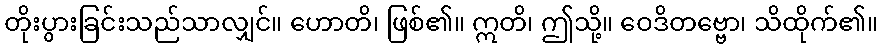
တိုးပွားခြင်းသည်သာလျှင်။ ဟောတိ၊ ဖြစ်၏။ ဣတိ၊ ဤသို့။ ဝေဒိတဗ္ဗော၊ သိထိုက်၏။